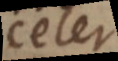
celer